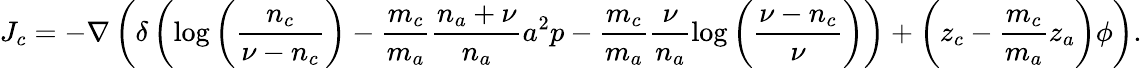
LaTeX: J_{c}=-\nabla\left(\delta\left(\log{\left(\frac{n_{c}}{\nu-n_{c}}\right)}-\frac{m_{c}}{m_{a}}\frac{n_{a}+\nu}{n_{a}}a^{2}p-\frac{m_{c}}{m_{a}}\frac{\nu}{n_{a}}\log{\left(\frac{\nu-n_{c}}{\nu}\right)}\right)+\left(z_{c}-\frac{m_{c}}{m_{a}}z_{a}\right)\phi\right).